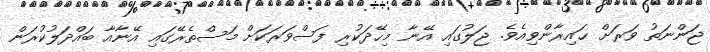
ޖަންނަތު ވަރަށް ޙައިރާންވިއެވެ. ޖަލުގައި އޭނާ މިހޭދަކުރި ފަސްވަރަކަށް މަސްތެރޭގައި އޭނާއާ ބައްދަލުކުރަން